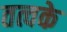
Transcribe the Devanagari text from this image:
तत्वके